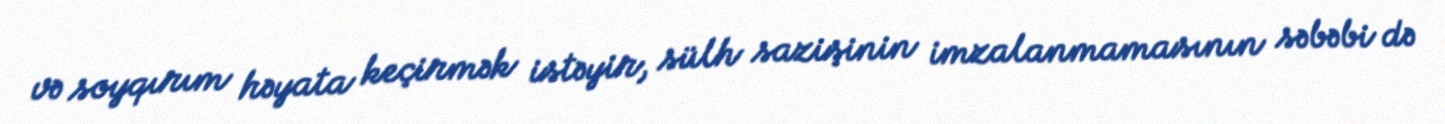
və soyqırım həyata keçirmək istəyir, sülh sazişinin imzalanmamasının səbəbi də